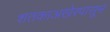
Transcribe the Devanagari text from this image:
शतकाअखेरपासून